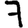
Digit: 7